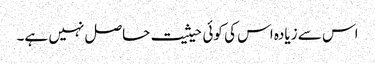
اس سے زیادہ اس کی کوئی حیثیت حاصل نہیں ہے۔